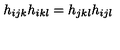
h _ { i j k } h _ { i k l } = h _ { j k l } h _ { i j l }